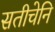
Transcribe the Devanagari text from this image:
सतीचेनि